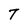
Character: T